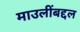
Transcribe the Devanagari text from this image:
माउलींबद्दल